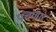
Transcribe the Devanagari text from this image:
पचणार